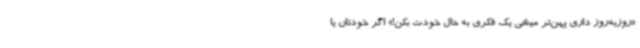
«روزبه‌روز داری پهن‌تر میشی یک فکری به حال خودت بکن!» اگر خودتان یا